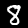
Label: 8